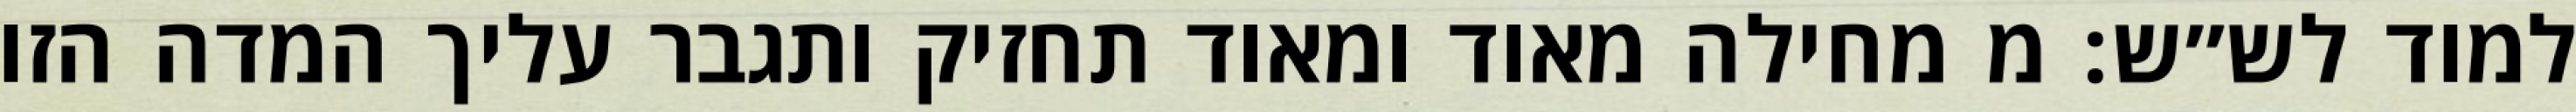
למוד לש״ש: מ מחילה מאוד ומאוד תחזיק ותגבר עליך המדה הזו